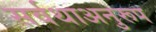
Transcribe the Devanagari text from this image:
सर्वथाअनुरूप